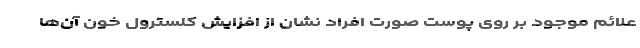
علائم موجود بر روی پوست صورت افراد نشان از افزایش کلسترول خون آن‌ها